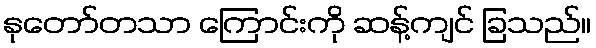
နုတော်တသာ ကြောင်းကို ဆန့်ကျင် ခြသည်။